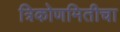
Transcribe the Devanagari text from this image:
त्रिकोणमितीचा